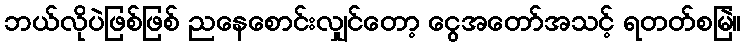
ဘယ်လိုပဲဖြစ်ဖြစ် ညနေစောင်းလျှင်တော့ ငွေအတော်အသင့် ရတတ်စမြဲ။